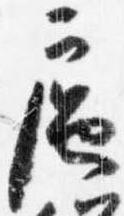
扈